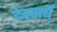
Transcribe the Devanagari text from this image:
देवतायै